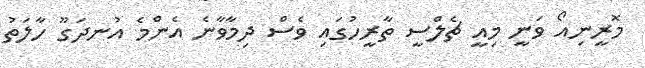
މޮރީނިއޯ ވަނީ މިއީ ޗެލްސީ ތާރީހުގައި ވެސް ދިމާވާނެ އެންމެ އުނދަގޫ ހާލަތު